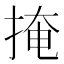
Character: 掩